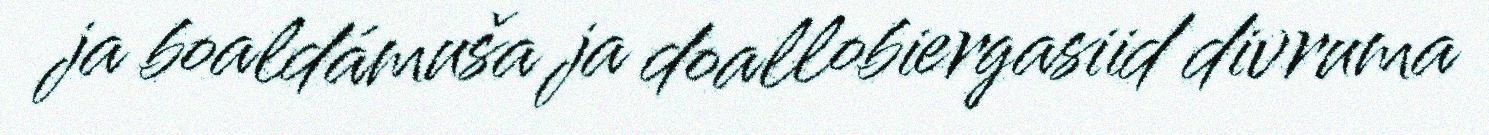
ja boaldámuša ja doallobiergasiid divruma